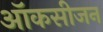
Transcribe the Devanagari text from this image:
ऑकसीजन